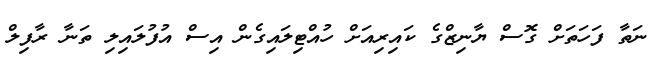
ނަތާ ފަހަތަށް ގޮސް ޔާނިޒްގެ ކައިރިއަށް ހުއްޓިލައިގެން އިސް އުފުލައިލި ތަނާ ރާފިލް